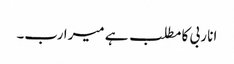
انا ربی کا مطلب ہے میرا رب۔